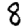
Digit: 8